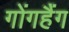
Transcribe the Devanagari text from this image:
गोंगहैंग